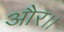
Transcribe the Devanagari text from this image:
और।।